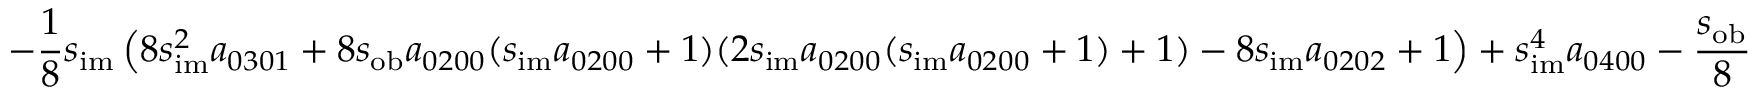
- \frac { 1 } { 8 } s _ { \mathrm { i m } } \left( 8 s _ { \mathrm { i m } } ^ { 2 } a _ { 0 3 0 1 } + 8 s _ { \mathrm { o b } } a _ { 0 2 0 0 } ( s _ { \mathrm { i m } } a _ { 0 2 0 0 } + 1 ) ( 2 s _ { \mathrm { i m } } a _ { 0 2 0 0 } ( s _ { \mathrm { i m } } a _ { 0 2 0 0 } + 1 ) + 1 ) - 8 s _ { \mathrm { i m } } a _ { 0 2 0 2 } + 1 \right) + s _ { \mathrm { i m } } ^ { 4 } a _ { 0 4 0 0 } - \frac { s _ { \mathrm { o b } } } { 8 }